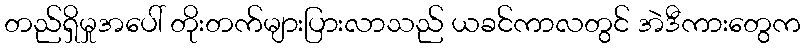
တည်ရှိမှုအပေါ် တိုးတက်များပြားလာသည် ယခင်ကာလတွင် အဲဒီကားတွေက